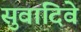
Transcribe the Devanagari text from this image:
सुवादिवे